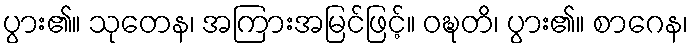
ပွား၏။ သုတေန၊ အကြားအမြင်ဖြင့်။ ဝဍ္ဎတိ၊ ပွား၏။ စာဂေန၊